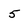
Character: 5